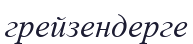
грейзендерге